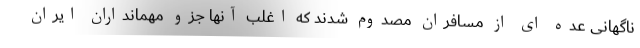
ناگهانی عده ای از مسافران مصدوم شدند که اغلب آنها جزو مهمانداران ایران